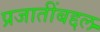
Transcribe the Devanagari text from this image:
प्रजातींबद्दल